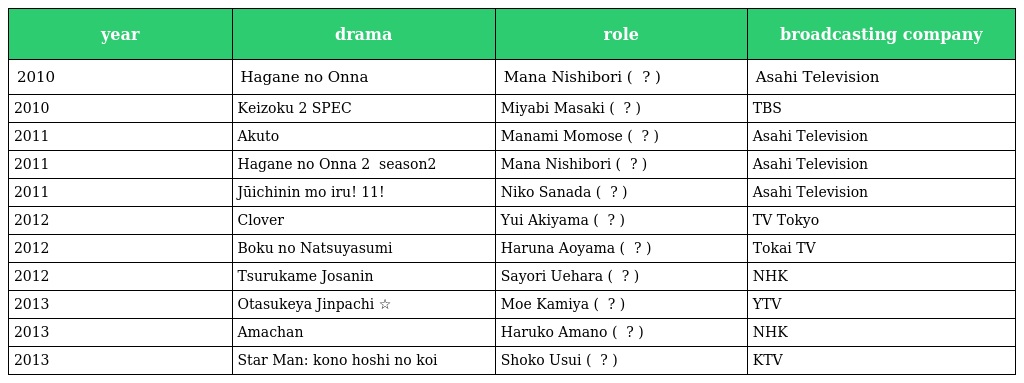
| year | drama | role | broadcasting company |
 | --- | --- | --- | --- |
 | 2010 | Hagane no Onna ハガネの女 | Mana Nishibori ( 西堀マナ ? ) | Asahi Television |
 | 2010 | Keizoku 2 SPEC〜警視庁公安部公安第五課〜 | Miyabi Masaki ( 正汽雅 ? ) | TBS |
 | 2011 | Akuto 悪党〜重犯罪捜査班 | Manami Momose ( 百瀬真奈美 ? ) | Asahi Television |
 | 2011 | Hagane no Onna 2 ハガネの女 season2 | Mana Nishibori ( 西堀マナ ? ) | Asahi Television |
 | 2011 | Jūichinin mo iru! 11人もいる! | Niko Sanada ( 真田二子 ? ) | Asahi Television |
 | 2012 | Clover クローバー | Yui Akiyama ( 秋山ユイ ? ) | TV Tokyo |
 | 2012 | Boku no Natsuyasumi ぼくの夏休み | Haruna Aoyama ( 青山はる菜 ? ) | Tokai TV |
 | 2012 | Tsurukame Josanin つるかめ助産院 | Sayori Uehara ( 上原サヨリ ? ) | NHK |
 | 2013 | Otasukeya Jinpachi お助け屋☆陣八 | Moe Kamiya ( 神谷萌 ? ) | YTV |
 | 2013 | Amachan あまちゃん | Haruko Amano ( 天野春子 ? ) | NHK |
 | 2013 | Star Man: kono hoshi no koi スターマン・この星の恋 | Shoko Usui ( 臼井祥子 ? ) | KTV |